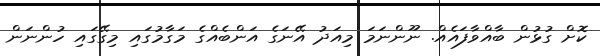
ކޮށް ގުޅުން ބާއްވާފައެއް. ނޫންނަމަ މިއަދު އޭނަގެ އަންބެއްގެ މަގާމުގައި މިގޭގައި ހުންނަން